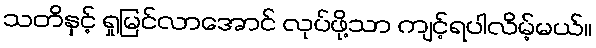
သတိနှင့် ရှုမြင်လာအောင် လုပ်ဖို့သာ ကျင့်ရပါလိမ့်မယ်။